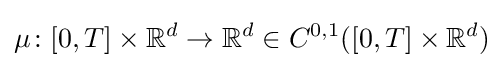
\mu \colon [0,T]\times \mathbb {R} ^{d}\to \mathbb {R} ^{d}\in C^{0,1}([0,T]\times \mathbb {R} ^{d})